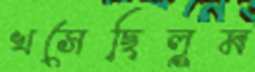
খসেছিলুম